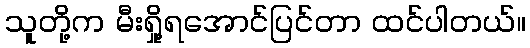
သူတို့က မီးရှို့ရအောင်ပြင်တာ ထင်ပါတယ်။